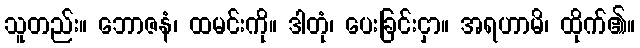
သူတည်း။ ဘောဇနံ၊ ထမင်းကို။ ဒါတုံ၊ ပေးခြင်းငှာ။ အရဟာမိ၊ ထိုက်၏။